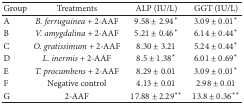
<table><thead><tr><td><b>Group</b></td><td><b>Treatments </b></td><td><b>ALP (IU/L)</b></td><td><b>GGT (IU/L)</b></td></tr></thead><tbody><tr><td>A</td><td><i>B. ferruguinea</i> + 2-AAF </td><td>9.58 ± 2.94*</td><td>3.09 ± 0.01*</td></tr><tr><td>B</td><td><i>V. amygdalina</i> + 2-AAF </td><td>5.21 ± 0.46*</td><td>6.14 ± 0.44*</td></tr><tr><td>C</td><td><i>O. gratissimum</i> + 2-AAF </td><td>8.30 ± 3.21</td><td>5.24 ± 0.44*</td></tr><tr><td>D</td><td><i>L. inermis </i>+ 2-AAF </td><td>8.5 ± 1.38*</td><td>6.01 ± 0.69*</td></tr><tr><td>E</td><td><i>T. procumbens </i>+ 2-AAF </td><td>8.29 ± 0.01</td><td>3.09 ± 0.01*</td></tr><tr><td>F</td><td> Negative control </td><td>4.13 ± 0.01</td><td>2.98 ± 0.01</td></tr><tr><td>G</td><td>2-AAF </td><td>17.88 ± 2.29**</td><td>13.8 ± 0.36**</td></tr></tbody></table>